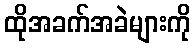
ထိုအခက်အခဲများကို